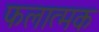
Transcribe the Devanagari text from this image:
फलात्मक